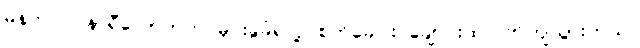
မနက် ၇ နာရီလောက်က မိုင်းခွဲခံရလို့ စက်ခေါင်း ချောင်းထဲပြုတ်ကျသွားတယ်။